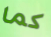
كما